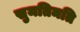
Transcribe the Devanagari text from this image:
सुमतिमति